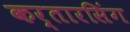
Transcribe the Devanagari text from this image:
कर्तारसिंग